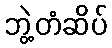
ဘွဲ့တံဆိပ်